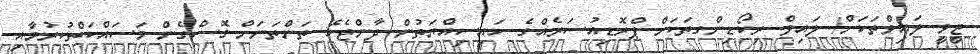
ޓީވީ ލައިވްތަކަށް/ ލައިވް ރިކޯޑިންގތަކަށް ޕްރޮޑިއުސަރެއްގެ ހައިސިއްޔަތުން ދާންޖެހޭ ތަންތަނަށް ގޮސްގެން މަސައްކަތްކުރުމާއި